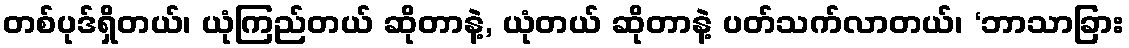
တစ်ပုဒ်ရှိတယ်၊ ယုံကြည်တယ် ဆိုတာနဲ့, ယုံတယ် ဆိုတာနဲ့ ပတ်သက်လာတယ်၊ ‘ဘာသာခြား